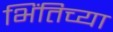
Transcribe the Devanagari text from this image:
भिंतिच्या